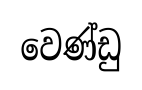
වෙණ්ඩු